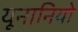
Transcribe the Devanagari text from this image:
यूनानियो